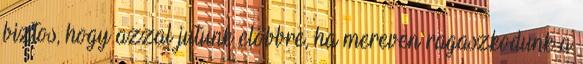
biztos, hogy azzal jutunk előbbre, ha mereven ragaszkodunk a